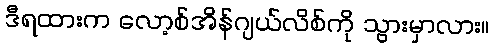
ဒီရထားက လော့စ်အိန်ဂျယ်လိစ်ကို သွားမှာလား။